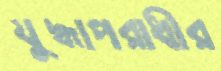
যুদ্ধাপরাধীর